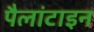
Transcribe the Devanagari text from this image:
पैलांटाइन